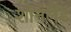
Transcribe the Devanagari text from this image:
शॉनलैंड